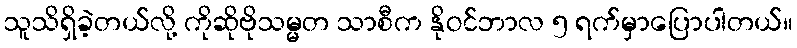
သူသိရှိခဲ့တယ်လို့ ကိုဆိုဗိုသမ္မတ သာစီက နိုဝင်ဘာလ ၅ ရက်မှာပြောပါတယ်။